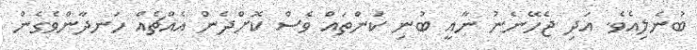
ބުނެލިއެވެ. އަދި ޖެހޭނެނު ނާއީ ބުނި ކަންތައް ވެސް ކޮށްދެން އެއްޗެއް ހަނދާންވެގެން